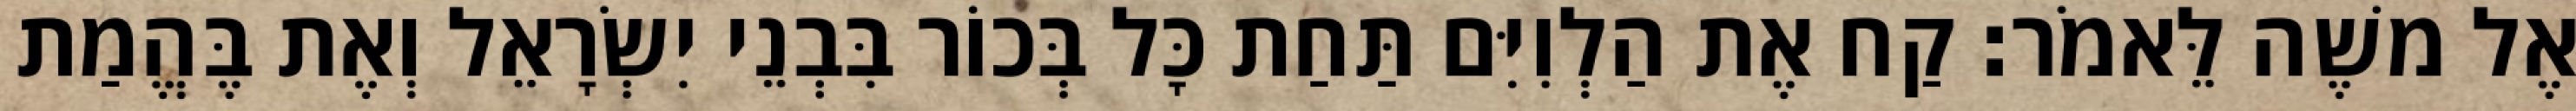
אֶל משֶׁה לֵּאמֹר׃ קַח אֶת הַלְוִיִּם תַּחַת כָּל בְּכוֹר בִּבְנֵי יִשְׂרָאֵל וְאֶת בֶּהֱמַת